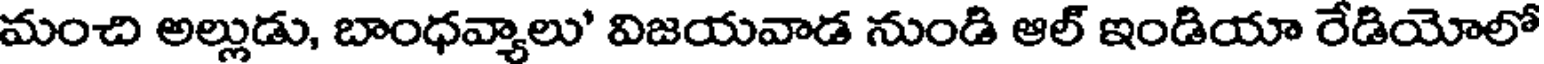
మంచి అల్లుడు, బాంధవ్యాలు' విజయవాడ నుండి ఆల్ ఇండియా రేడియోలో